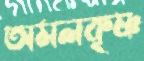
অমলকৃষ্ণ